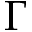
\Gamma